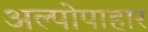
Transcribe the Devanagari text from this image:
अल्पोपाहार